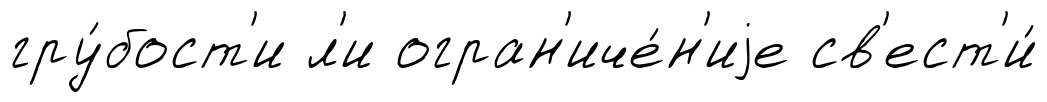
гру́бост'и л'и огран'иче́н'иjе св'ест'и́